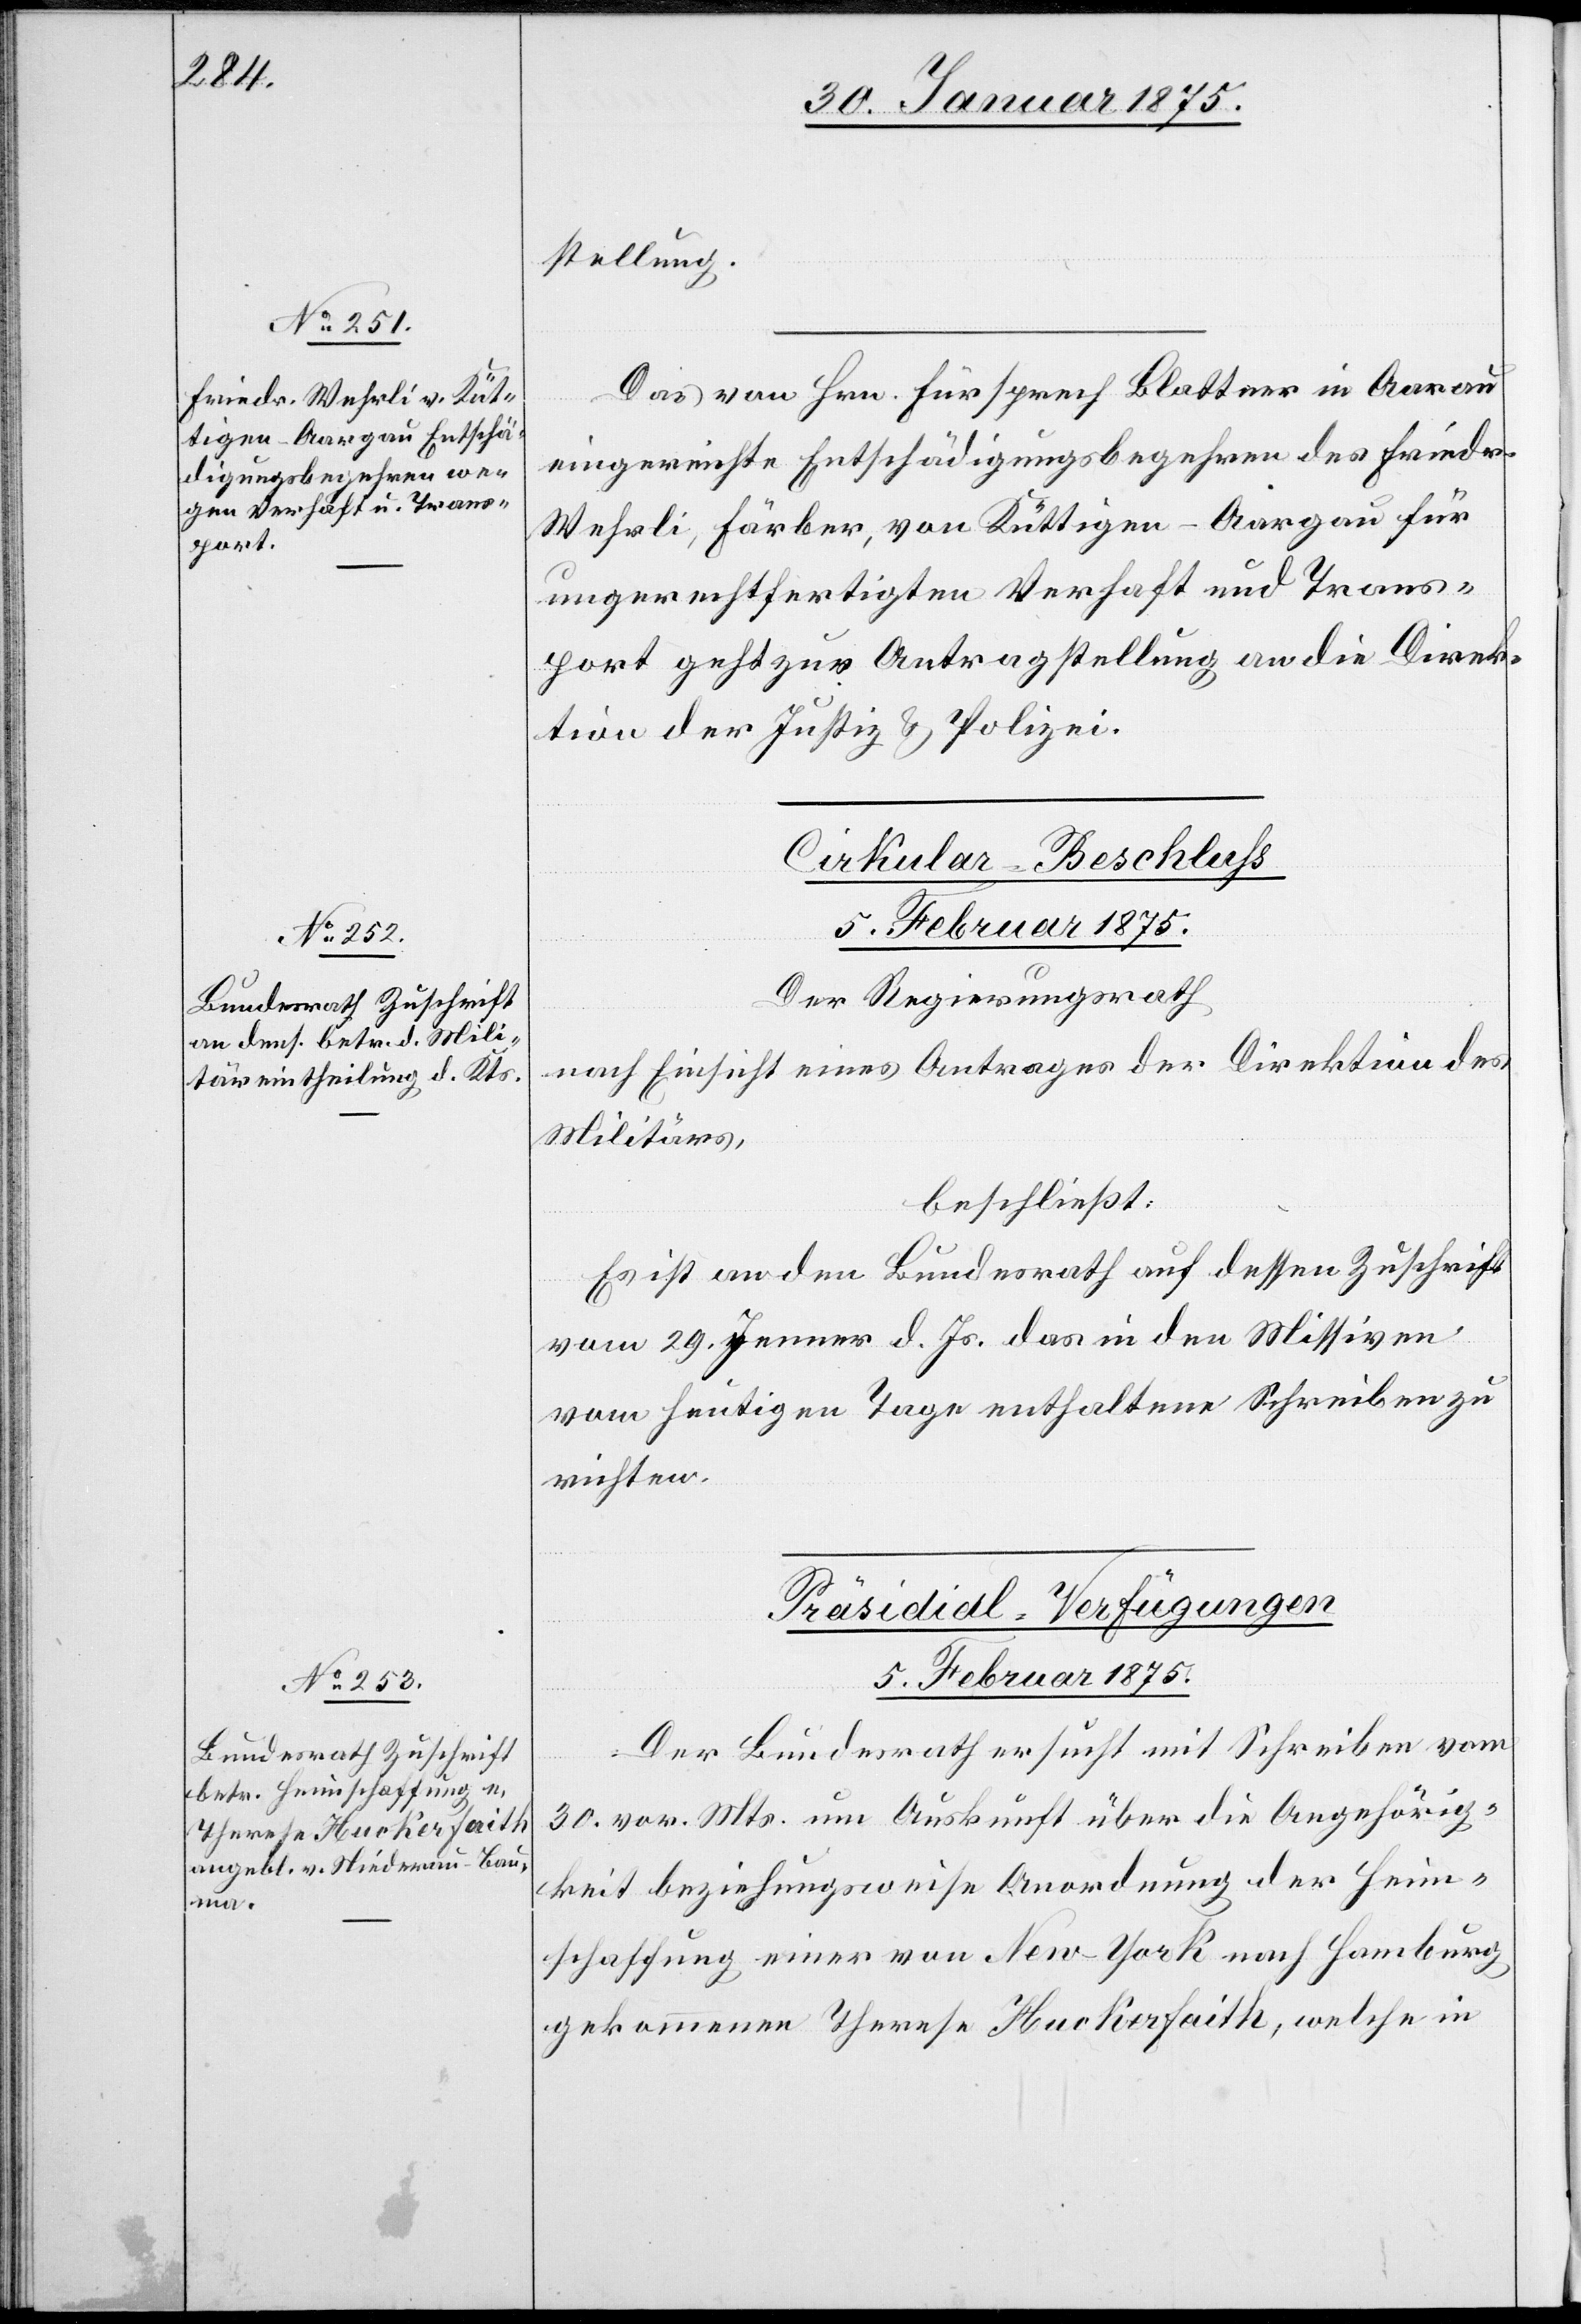
stellung.
Das von Hrn. Fürsprech Blattner in Aarau
eingereichte Entschädigungsbegehren des Friedr.
Wehrli, Färber, von Küttigen - Aargau für
ungerechtfertigten Verhaft und Trans¬
port geht zur Antragstellung an die Direk¬
tion der Justiz & Polizei.
Cirkular-Beschluss
5. Februar 1875.
Der Regierungsrath
nach Einsicht eines Antrages der Direktion des
Militärs,
beschließt:
Es ist an den Bundesrath auf dessen Zuschrift
vom 29. Jenner d. Js. das in den Missiven
vom heutigen Tage enthaltene Schreiben zu
richten.
Präsidial-Verfügungen
5. Februar 1875.
Der Bundesrath ersucht mit Schreiben vom
30. vor. Mts. um Auskunft über die Angehörig¬
keit beziehungsweise Anordnung der Heim¬
schaffung einer von New-York nach Hamburg
gekommenen Therese Huckerfaith, welche in